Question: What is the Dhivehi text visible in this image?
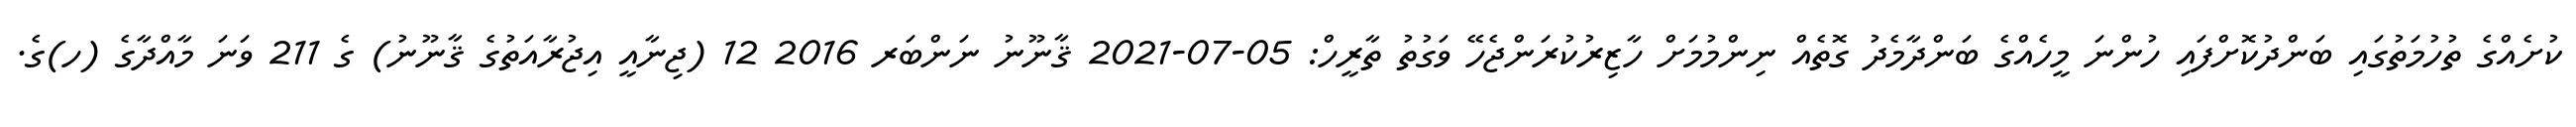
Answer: ކުށެއްގެ ތުހުމަތުގައި ބަންދުކޮށްފައި ހުންނަ މީހެއްގެ ބަންދާމެދު ގޮތެއް ނިންމުމަށް ހާޒިރުކުރަންޖެހޭ ވަގުތު ތާރީހް: 05-07-2021 ޤާނޫނު ނަންބަރ 2016 12 (ޖިނާއީ އިޖުރާއަތުގެ ޤާނޫނު) ގެ 211 ވަނަ މާއްދާގެ (ހ)ގެ.